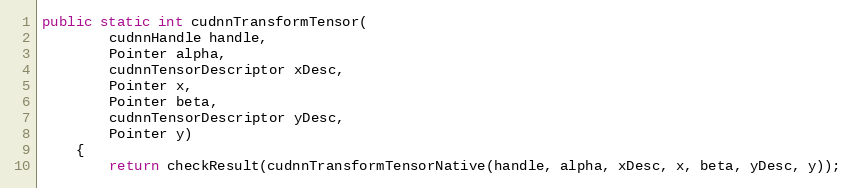
Language: Java
public static int cudnnTransformTensor(
        cudnnHandle handle,
        Pointer alpha,
        cudnnTensorDescriptor xDesc,
        Pointer x,
        Pointer beta,
        cudnnTensorDescriptor yDesc,
        Pointer y)
    {
        return checkResult(cudnnTransformTensorNative(handle, alpha, xDesc, x, beta, yDesc, y));